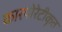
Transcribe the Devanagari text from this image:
कारपोरेटीकृत